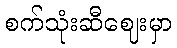
စက်သုံးဆီဈေးမှာ